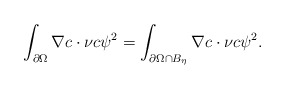
\begin{align*}\int_{\partial\Omega}\nabla c\cdot\nu c\psi^{2}=\int_{\partial\Omega\cap B_{\eta} }\nabla c\cdot\nu c\psi^{2}. \end{align*}